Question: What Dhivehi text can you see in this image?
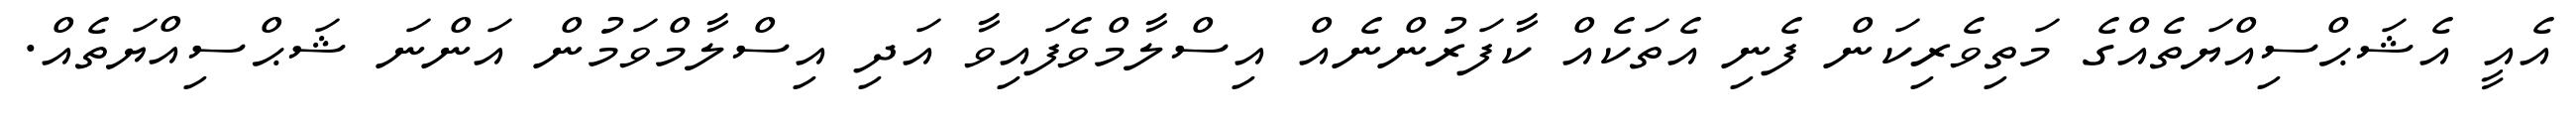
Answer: އެއީ އެޝަޙްސިއްޔަތެއްގެ މަތިވެރިކަން ފެނި އެތަކެއް ކާފަރުންނެއް އިސްލާމްވެފައިވާ އަދި އިސްލާމްވަމުން އަންނަ ޝަޙްސިއްޔަތެއް.